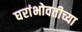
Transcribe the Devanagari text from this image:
घरांभोवतीच्या